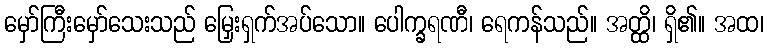
မှော်ကြီးမှော်သေးသည် မြှေးရှက်အပ်သော။ ပေါက္ခရဏီ၊ ရေကန်သည်။ အတ္ထိ၊ ရှိ၏။ အထ၊